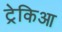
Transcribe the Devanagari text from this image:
ट्रेकिआ